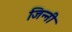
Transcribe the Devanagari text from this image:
जिन्नी